Vabadussoja_Ajaloo_Komitee, lk 27
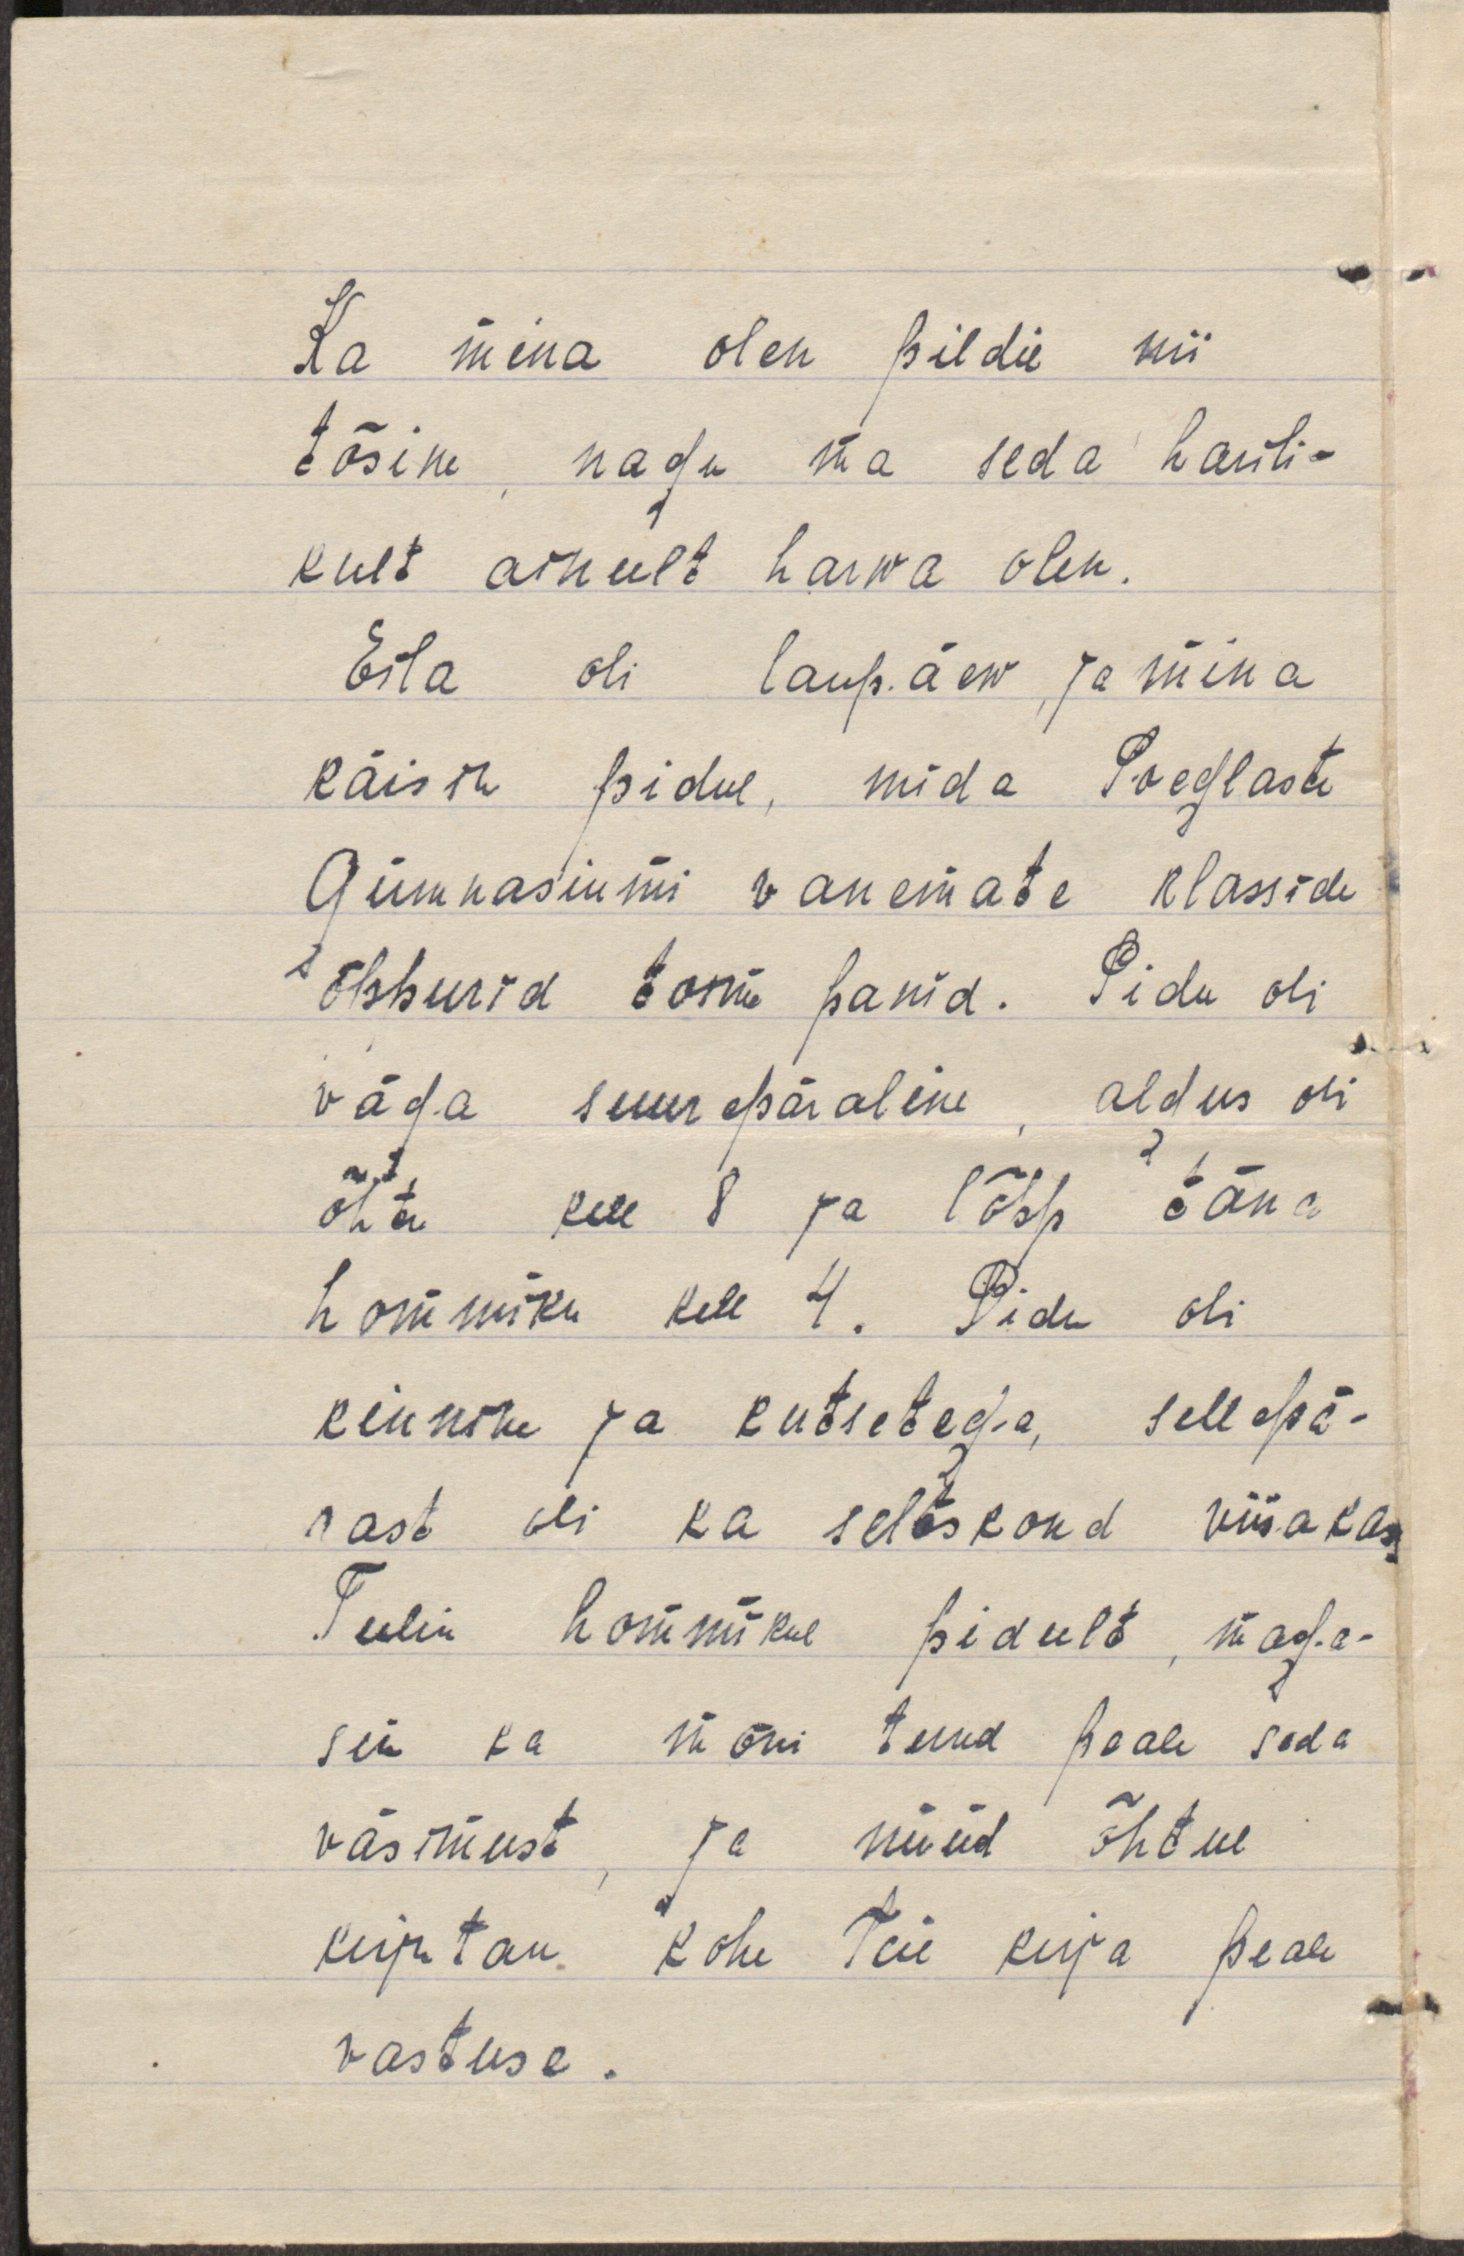
Ka mina olen pildil nii
tõsine, nagu ma seda harili-
kult ainult harwa olen.
Eila oli laupäew, ja mina
käisin pidul, mida Poeglaste
Gümnasiumi vanemate klasside
õppurid toime panid. Pidu oli
väga suurepäraline, algus oli
õhtu kell 8 ja lõpp täna
hommiku kell 4. Pidu oli
kinnine ja kutsetega, sellepä-
rast oli ka seltskond viisakas.
Tulin hommikul pidult, maga-
sin ka mõni tund peale seda
väsimust, ja nüüd õhtul
kirjutan kohe Teie kirja peale
vastuse.